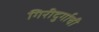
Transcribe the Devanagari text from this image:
गिरीदुर्गाची